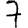
Digit: 7